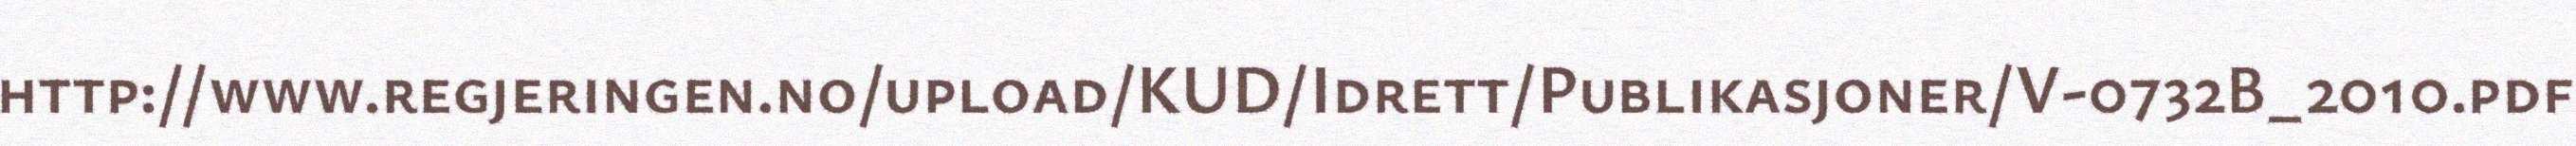
http://www.regjeringen.no/upload/KUD/Idrett/Publikasjoner/V-0732B_2010.pdf